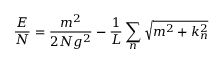
\frac { { \cal E } } { N } = \frac { m ^ { 2 } } { 2 N g ^ { 2 } } - \frac { 1 } { L } \sum _ { n } \sqrt { m ^ { 2 } + k _ { n } ^ { 2 } }